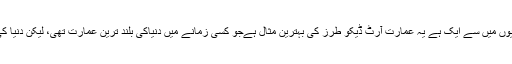
نیویارک میں تعمیر کرسلر بلڈنگ امریکا کی نشانیوں میں سے ایک ہے یہ عمارت آرٹ ڈیکو طرز کی بہترین مثال ہےجو کسی زمانے میں دنیاکی بلند ترین عمارت تھی، لیکن دنیا کی خوبصورت عمارتوں میں سے آج بھی ایک ہے۔